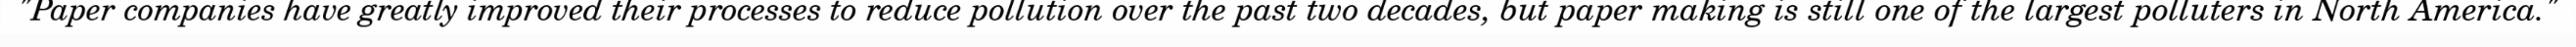
"Paper companies have greatly improved their processes to reduce pollution over the past two decades, but paper making is still one of the largest polluters in North America."